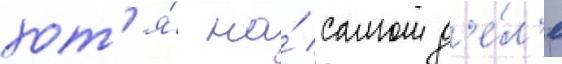
хот'я́ на́ самом д'е́л'е